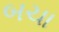
બચા